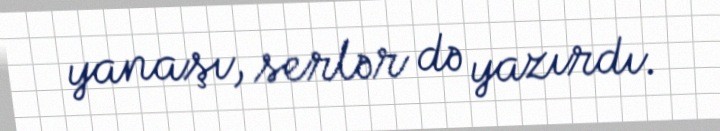
yanaşı, serlər də yazırdı.